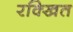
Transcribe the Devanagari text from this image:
रक्खित